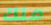
منك